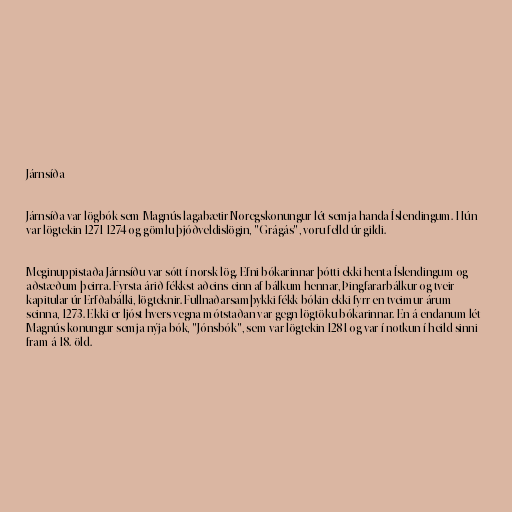
Járnsíða

Járnsíða var lögbók sem Magnús lagabætir Noregskonungur lét semja handa Íslendingum. Hún
var lögtekin 1271-1274 og gömlu þjóðveldislögin, "Grágás", voru felld úr gildi.

Meginuppistaða Járnsíðu var sótt í norsk lög. Efni bókarinnar þótti ekki henta Íslendingum og
aðstæðum þeirra. Fyrsta árið fékkst aðeins einn af bálkum hennar, Þingfararbálkur og tveir
kapitular úr Erfðabálki, lögteknir. Fullnaðarsamþykki fékk bókin ekki fyrr en tveimur árum
seinna, 1273. Ekki er ljóst hvers vegna mótstaðan var gegn lögtöku bókarinnar. En á endanum lét
Magnús konungur semja nýja bók, "Jónsbók", sem var lögtekin 1281 og var í notkun í heild sinni
fram á 18. öld.